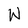
Character: W